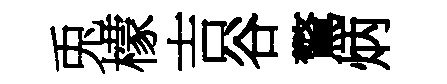
兎檬吉谷驚炳